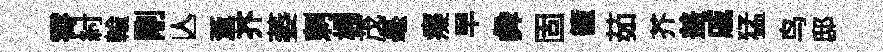
霄紂輸剛亾藑芥萎剌棚茂毫癡早彜固籠茹芥盖戚猛鸟邸